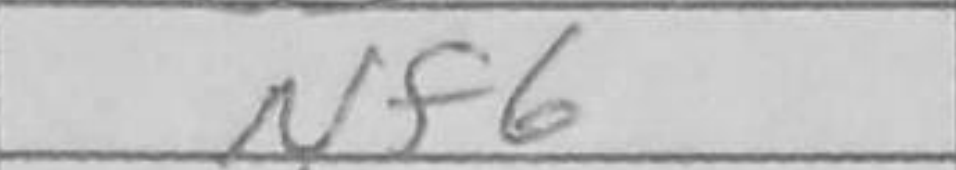
Transcription: Nf6